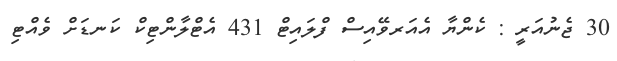
30 ޖެނުއަރީ : ކެންޔާ އެއަރވޭއިސް ފްލައިޓް 431 އެޓްލާންޓިކް ކަނޑަށް ވެއްޓި